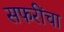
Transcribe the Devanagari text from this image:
सफरींचा